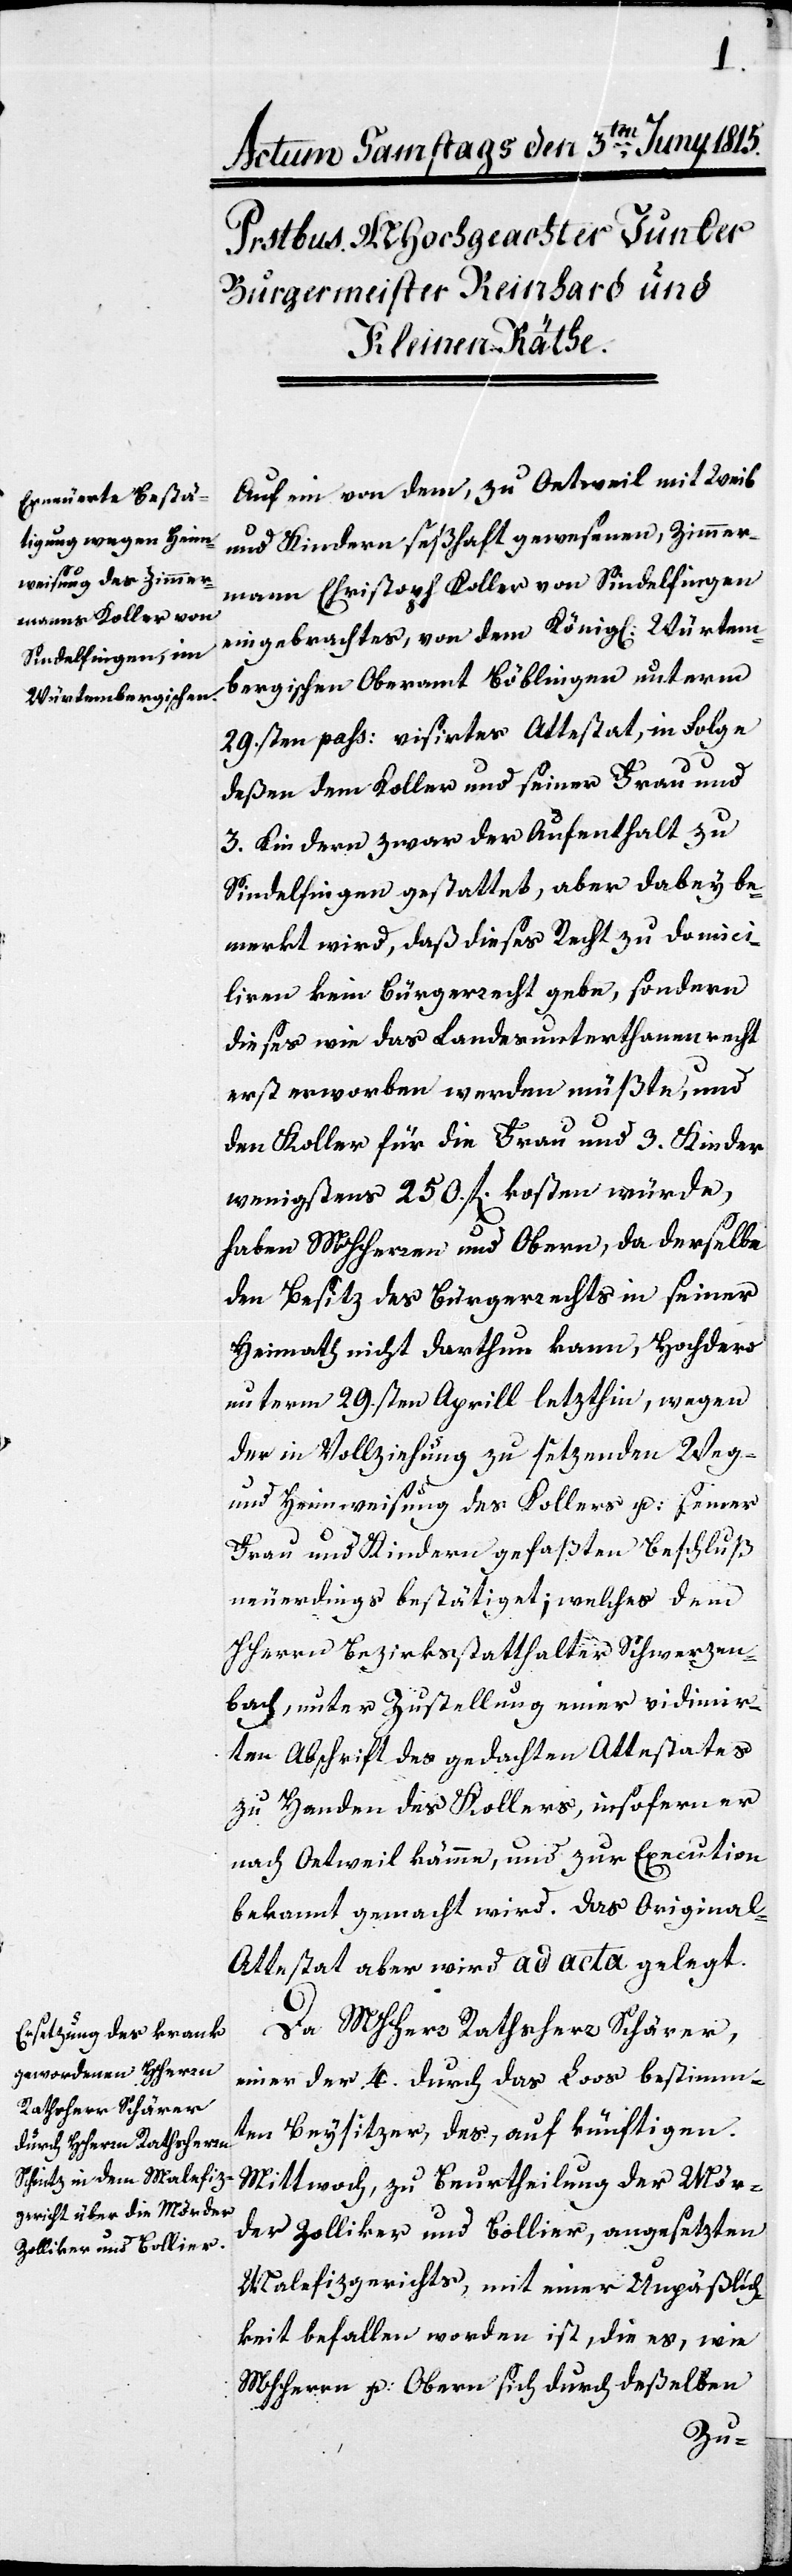
Auf ein von dem, zu Oetweil mit Weib
und Kindern seßhaft gewesenen, Zimmer¬
mann Christoph Koller von Sindelfingen
eingebrachtes, von dem König[lichen] Würtem¬
bergischen Oberamt Böblingen unterm
29.sten pass: visiertes Attestat, in Folge
deßen dem Koller und seiner Frau und
3. Kindern zwar der Aufenthalt zu
Sindelfingen gestattet, aber dabey be¬
merkt wird, daß dieses Recht zu domici¬
liren kein Bürgerrecht gebe, sondern
dieses wie das Landesunterthanenrecht
erst erworben werden müßte, und
den Koller für die Frau und 3. Kinder
wenigstens 250. fl. kosten würde,
haben MHHerren und Obern, da derselbe
den Besitz des Bürgerrechts in seiner
Heimath nicht darthun kann, Hochdero
unterm 29.sten Aprill letzthin, wegen
der in Vollziehung zu setzenden Weg-
und Heimweisung des Kollers u: seiner
Frau und Kindern gefaßten Beschluß
neuerdings bestätiget; welches dem
HHerrn Bezirksstatthalter Schwerzen¬
bach, unter Zustellung einer vidimir¬
ten Abschrift des gedachten Attestates
zu Handen des Kollers, insofern er
nach Oetweil komme, und zur Execution
bekannt gemacht wird. Das Original
Attestat aber wird ad acta gelegt.
Da MHHerrr Rathsherr Schärer,
einer der 4. durch das Loos bestimm¬
ten Beysitzer, des, auf künftigen
Mittwoch, zu Beurtheilung der Mör¬
der Zolliker und Bollier, angesetzen
Malefizgerichts, mit einer Unpäßlich¬
keit befallen worden ist, die es, wie
MHHerrn u: Obern sich durch deßelben